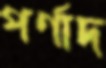
পর্ণাদ